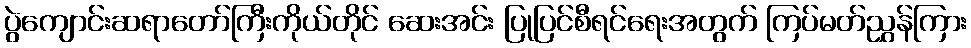
ပွဲကျောင်းဆရာတော်ကြီးကိုယ်တိုင် ဆေးအင်း ပြုပြင်စီရင်ရေးအတွက် ကြပ်မတ်ညွှန်ကြား